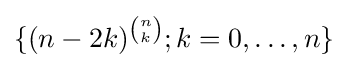
\{(n-2k)^{\binom {n}{k}};k=0,\ldots ,n\}